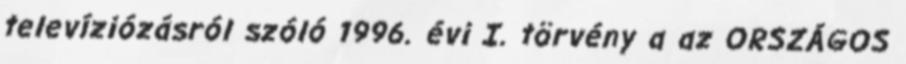
televíziózásról szóló 1996. évi I. törvény a az ORSZÁGOS